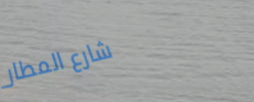
شارع المطار